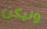
وليكن